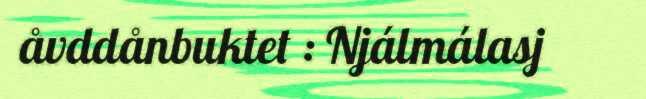
åvddånbuktet : Njálmálasj